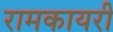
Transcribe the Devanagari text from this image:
रामकायरी